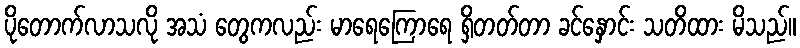
ပိုတောက်လာသလို အသံ တွေကလည်း မာရေကြောရေ ရှိတတ်တာ ခင်နှောင်း သတိထား မိသည်။